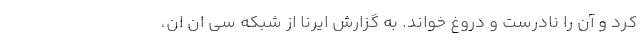
کرد و آن را نادرست و دروغ خواند. به گزارش ایرنا از شبکه سی ان ان،